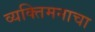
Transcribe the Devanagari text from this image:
व्यक्तिमनाचा